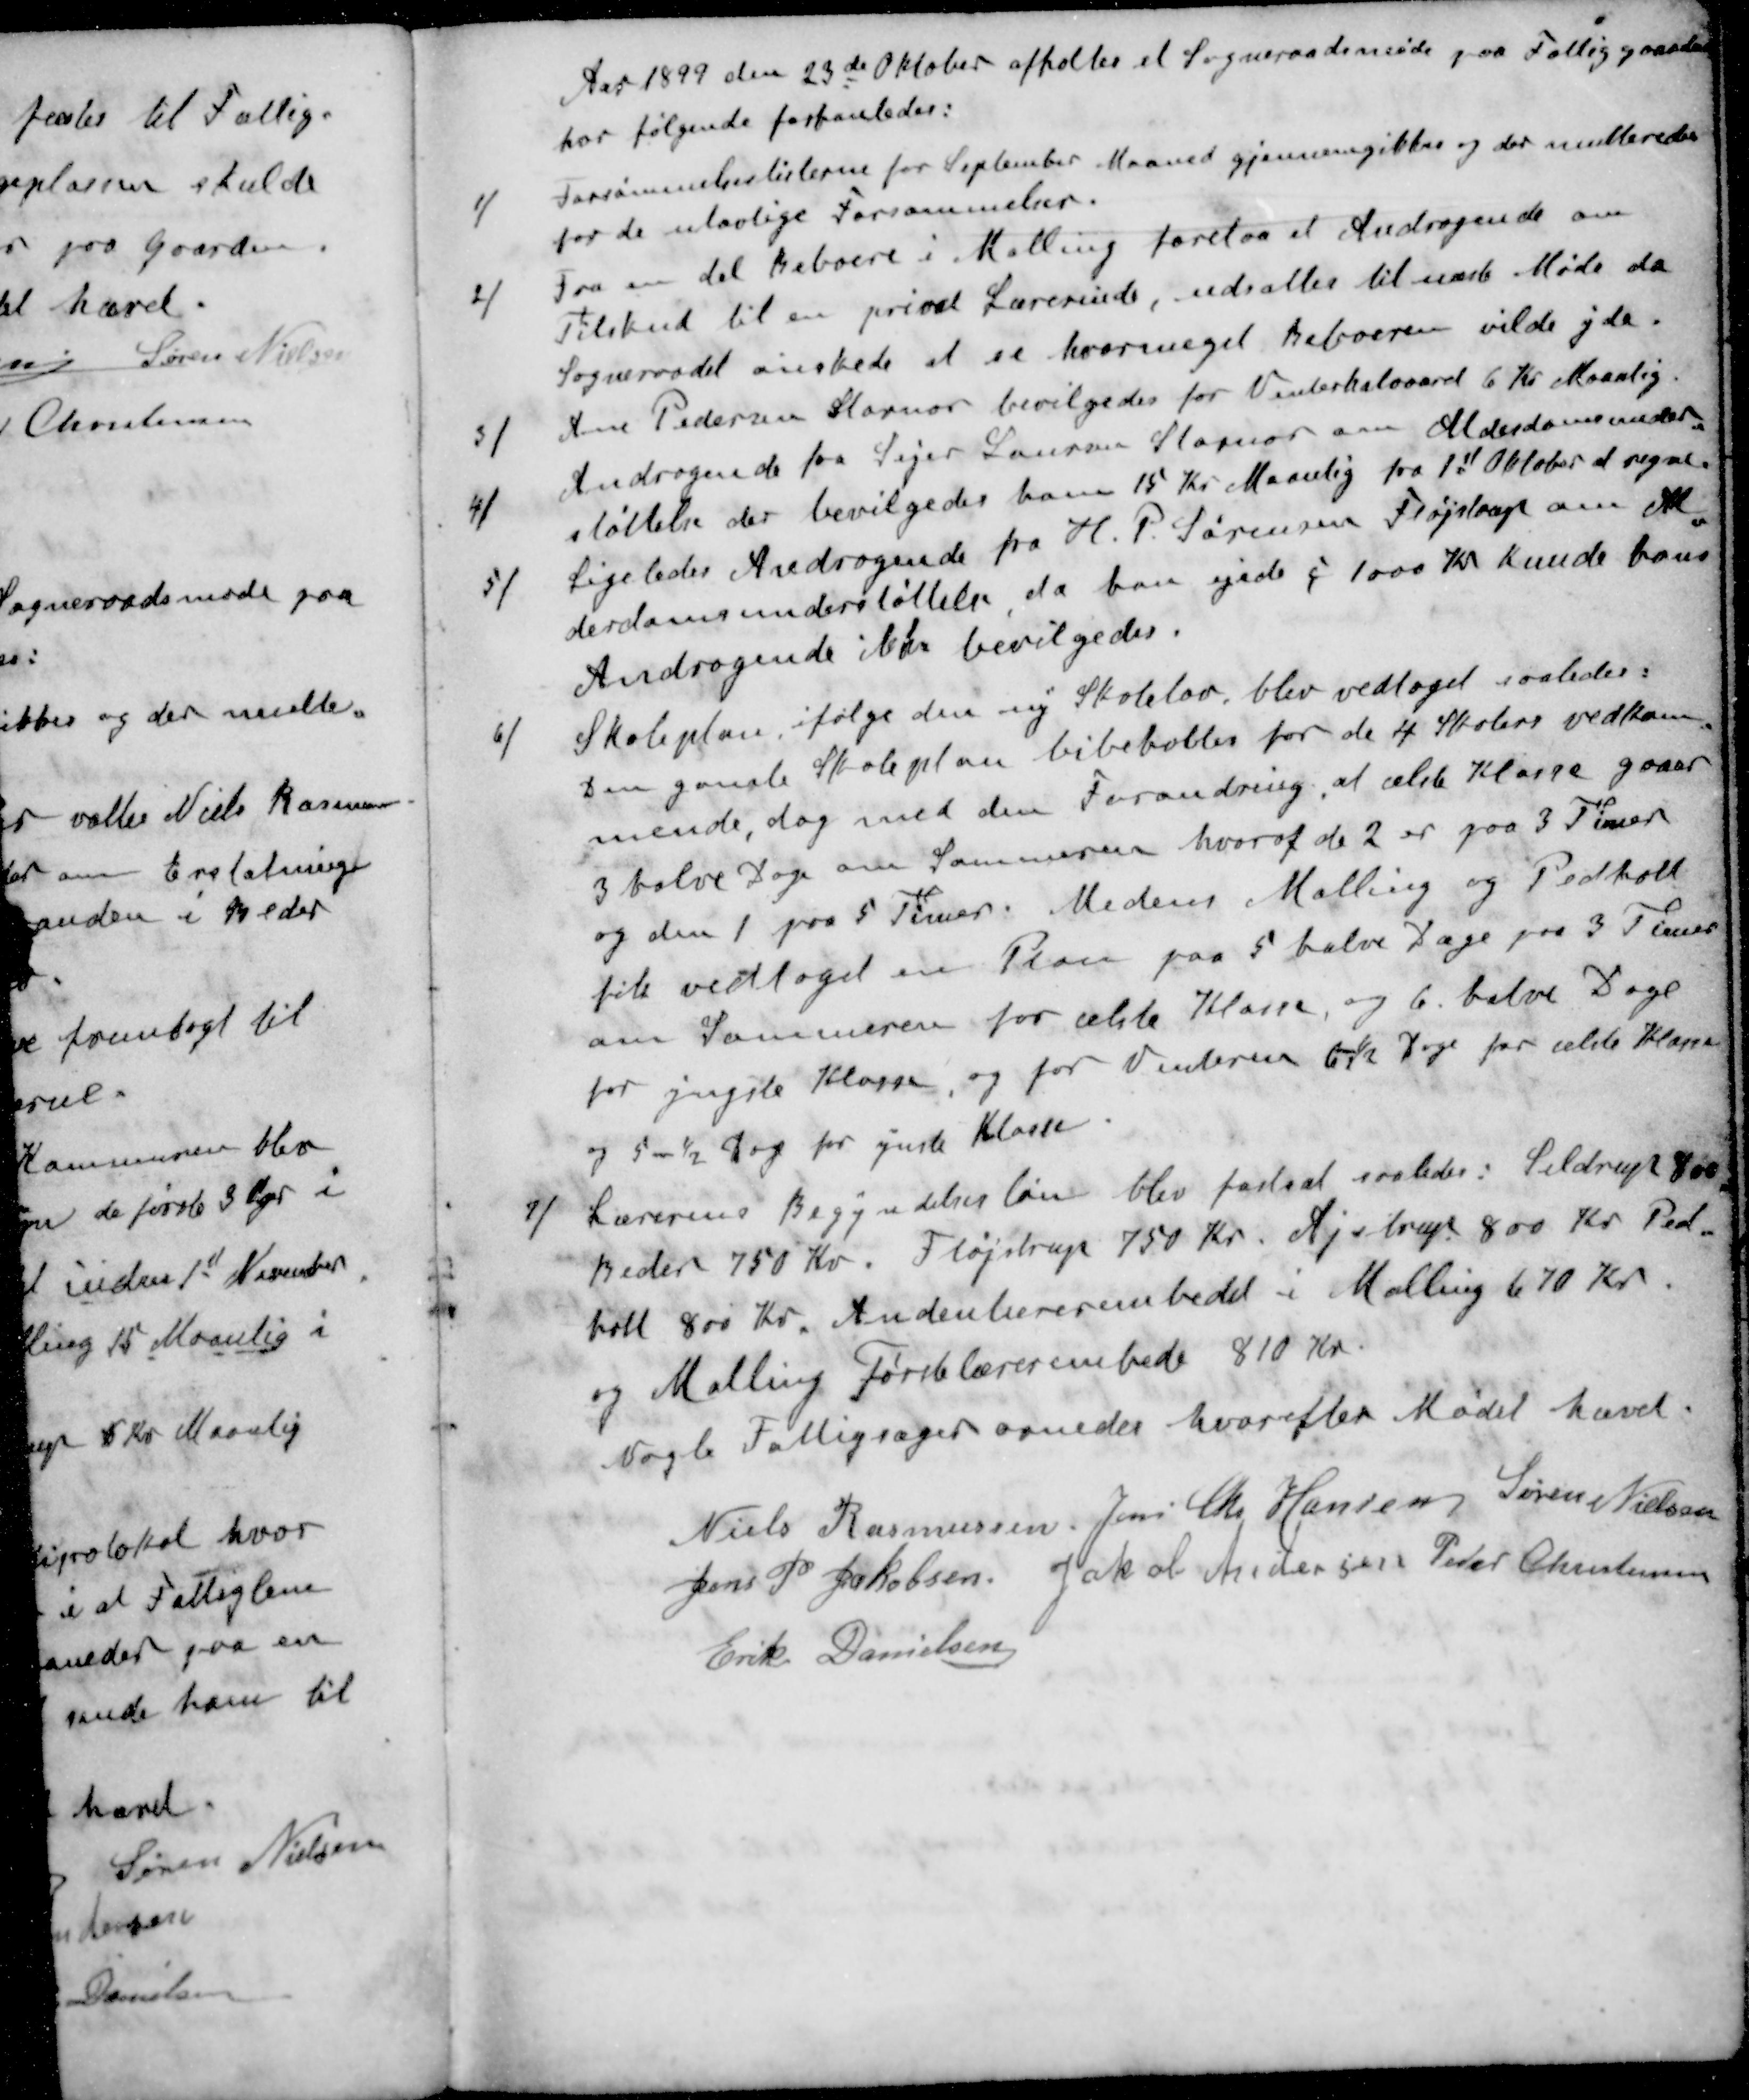
Transskription:
Aar 1899 den 23de Oktober afholdes et Sogneraadsmøde paa Fattiggaarden
hor følgende forhanledes:
1 / Forsømmelseslisterne for September Maaned gjennemgikkes og der multeredes
for de ulovlige Forsømmelser.
2 / Fra en del beboere i Malling forelaa et Andragende om
Tilskud til en privat Lærerinde, udsattes til næste Møde da
Sogneraadet ønskede at se hvormeget Beboeren vilde yde.
3 / Ane Pedersen Stornor bevilgedes for Vinterhalvaard 6 Kr Maanlig
4 /Andragende fra Sejer Lauren Storenor om Alderdomsunder-
støttelse der bevilgedes ham 15 Kr Maanlig fra 1st Oktober at regne
5 / Ligeledes Andragende fra H. P. Sørensen Fløjstrup om Al
derdomsunderstøttelse da han ejede i 1000 Kr kunde hans
Andragende ikke bevilgedes.
6 / Skoleplan, ifølge den ny Skolelov, blev vedtaget saaledes:
Den gamle Skoleplan bibeholles for de 4 Skolers vedkom
mende, dog med den Forandring af ælste Klasse gaaer
3 halve Dage om Sommeren hvoraf de 2 er paa 3 Timer
og den 1 paa 5 Timer. Medens Malling og Pedholt
fik vedtoget en Plan paa 5 halve Dage paa 3 Timer
om Sommeren for ælste Klasse, og 6 halve Dage
for yngste Klasse, og for Vinteren 6 ½ Dage for ælste Klasser
og 5 ½ Dag for ynste Klasse.
7 / Lærerens Begyndelsesløn blev fastsat saaledes i Seldrup 800
Beder 750 Kr. Fløjstrup 750 Kr. Ejstrup 800 Kr. Ped
holt 800 Kr. Andenlærerembedet i Malling 670 Kr.
og Malling Førstelærerembede 810 Kr.
Nogle Fattigsager ornedes hvorefter Mødet hævet.
Niels Rasmussen
Jens Chr Hansen
Søren Nielsen
Jens P Jakobsen
Jakob Andersen
Peder Christensen
Erik Danielsen